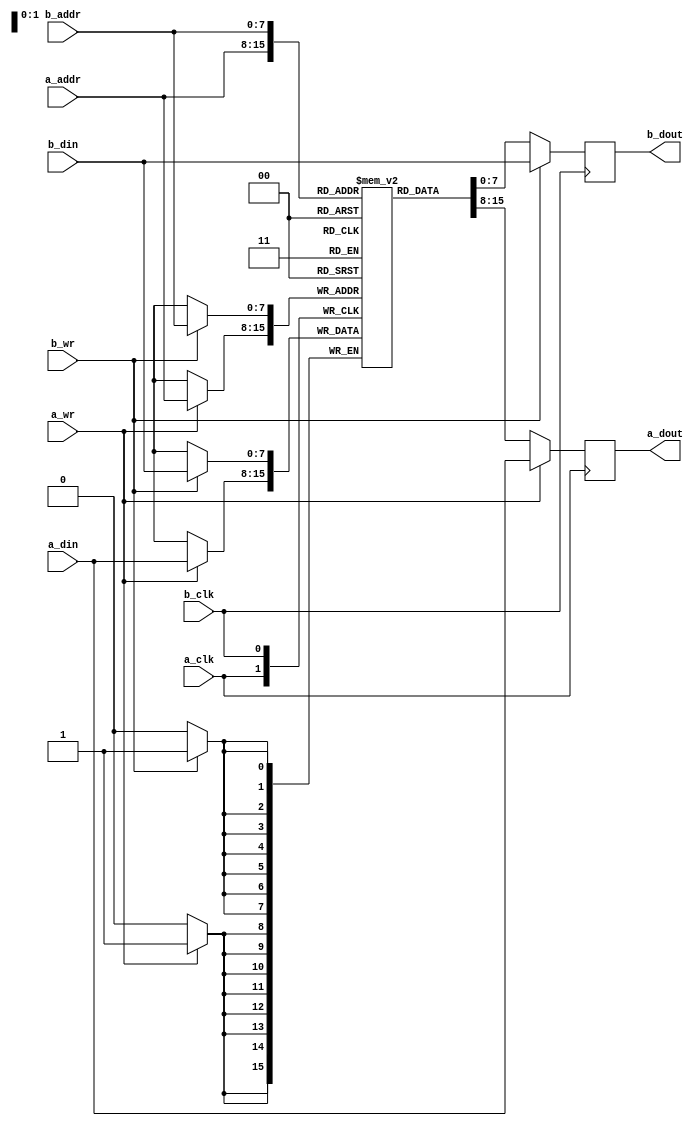
module memory_bram_dp #(
    parameter data_size = 8,                // Default: 8 bits
    parameter addr_size = 8                 // Default: 256 lines
    )(
    // Port A
    input                       a_clk,      // Port A clock
    input                       a_wr,       // 1 = write. 0 = Read
    input       [addr_size-1:0] a_addr,     // Address
    input       [data_size-1:0] a_din,      // Input data
    output  reg [data_size-1:0] a_dout,     // Output data
    // Port B
    input                       b_clk,      // Port A clock
    input                       b_wr,       // 1 = write. 0 = Read
    input       [addr_size-1:0] b_addr,     // Address
    input       [data_size-1:0] b_din,      // Input data
    output  reg [data_size-1:0] b_dout      // Output data
    );

    //--------------------------------------------------------------------------
    // Memory
    //--------------------------------------------------------------------------
    reg [data_size-1:0] mem [0:(2**addr_size)-1];

    //--------------------------------------------------------------------------
    // Port A
    //--------------------------------------------------------------------------
    always @(posedge a_clk) begin
        a_dout <= mem[a_addr];
        if(a_wr) begin
            a_dout      <= a_din;
            mem[a_addr] <= a_din;
        end
    end

    //--------------------------------------------------------------------------
    // Port B
    //--------------------------------------------------------------------------
    always @(posedge b_clk) begin
        b_dout <= mem[b_addr];
        if(b_wr) begin
            b_dout      <= b_din;
            mem[b_addr] <= b_din;
        end
    end
endmodule